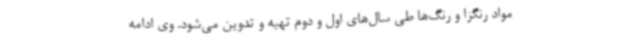
مواد رنگزا و رنگ‌ها طی سال‌های اول و دوم تهیه و تدوین می‌شود. وی ادامه